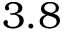
3 . 8